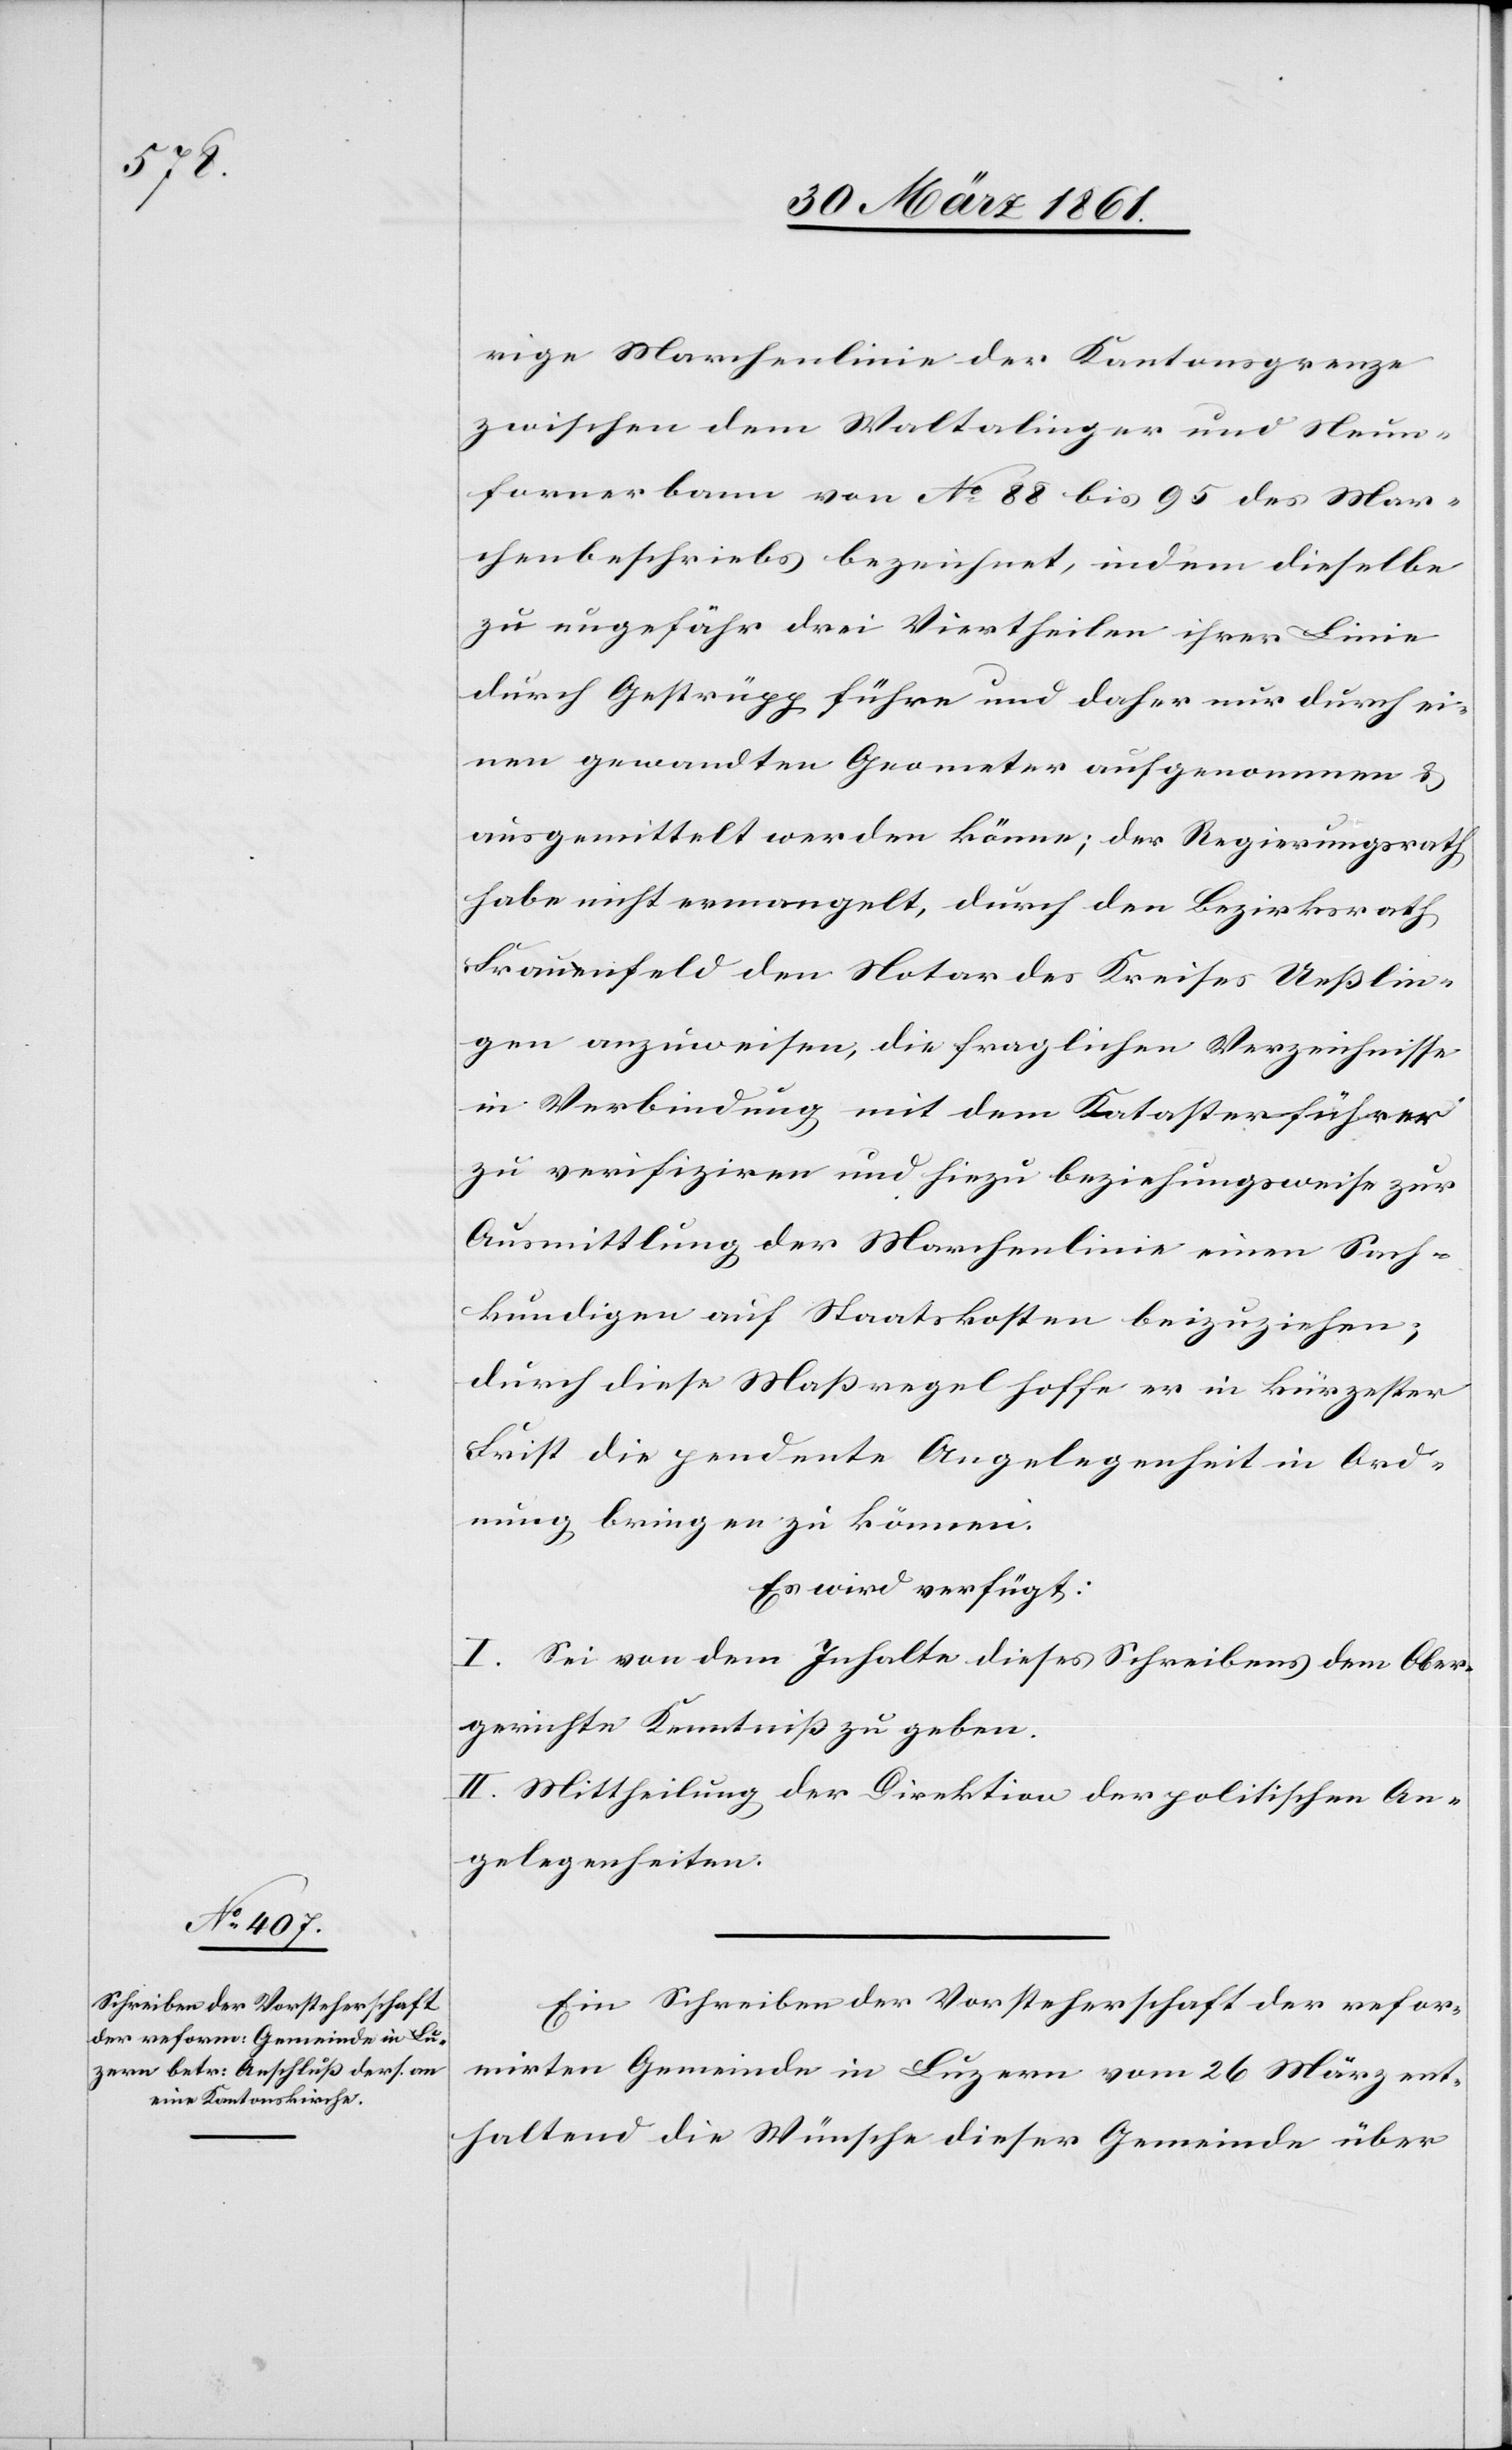
rige Marchenlinie der Kantonsgrenze
zwischen dem Waltalinger und Neu¬
fornerbann von No 88 bis 95 des Mar¬
chenbeschriebs bezeichnet, indem dieselbe
zu ungefähr drei Viertheilen ihrer Linie
durch Gestrüpp führe und daher nur durch ei¬
nen gewandten Geometer aufgenommen u.
ausgemittelt werden könne; der Regierungsrath
habe nicht ermangelt, durch den Bezirksrath
Frauenfeld den Notar des Kreises Ueßlin¬
gen anzuweisen, die fraglichen Verzeichnisse
in Verbindung mit dem Katasterführer
zu verifiziren und hiezu beziehungsweise zur
Ausmittlung der Marchenlinie einen Sach¬
kundigen auf Staatskosten beizuziehen;
durch diese Maßregel hoffe er in kürzester
Frist die pendente Angelegenheit in Ord¬
nung bringen zu können.
Es wird verfügt:
I. Sei von dem Inhalte dieses Schreibens dem Ober¬
gerichte Kenntniß zu geben.
II. Mittheilung der Direktion der politischen An¬
gelegenheiten.
Ein Schreiben der Vorsteherschaft der refor¬
mirten Gemeinde in Luzern vom 26. März ent¬
haltend die Wünsche dieser Gemeinde über